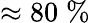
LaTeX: \approx 80\; \%